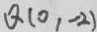
Q ( 0 , - 2 )